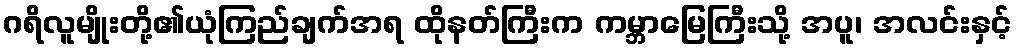
ဂရိလူမျိုးတို့၏ယုံကြည်ချက်အရ ထိုနတ်ကြီးက ကမ္ဘာမြေကြီးသို့ အပူ၊ အလင်းနှင့်